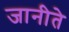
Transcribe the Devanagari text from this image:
जानीते